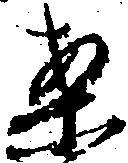
案